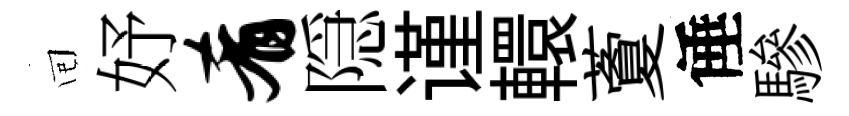
囘妤肴隠谨轘藑倕驂